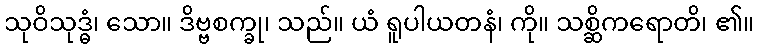
သုဝိသုဒ္ဓံ၊ သော။ ဒိဗ္ဗစက္ခု၊ သည်။ ယံ ရူပါယတနံ၊ ကို။ သစ္ဆိကရောတိ၊ ၏။